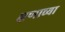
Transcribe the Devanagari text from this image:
क्षणाच्या